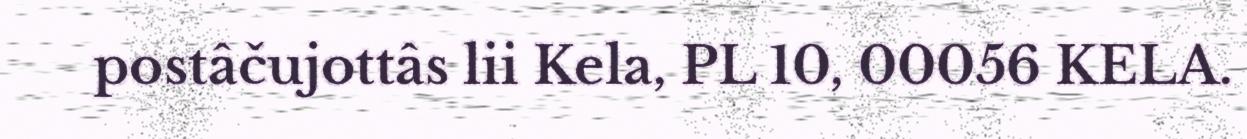
postâčujottâs lii Kela, PL 10, 00056 KELA.